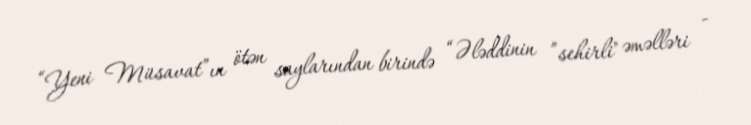
“Yeni Müsavat”ın ötən saylarından birində “Ələddinin ”sehirli" əməlləri -